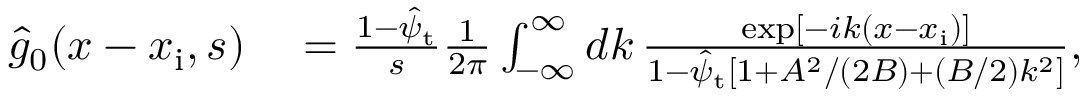
\begin{array} { r l } { \hat { g } _ { 0 } ( x - x _ { \mathrm { i } } , s ) } & { { } = \frac { 1 - \hat { \psi } _ { \mathrm { t } } } { s } \frac { 1 } { 2 \pi } \int _ { - \infty } ^ { \infty } d k \, \frac { \exp [ - i k ( x - x _ { \mathrm { i } } ) ] } { 1 - \hat { \psi } _ { \mathrm { t } } \left[ 1 + A ^ { 2 } / ( 2 B ) + ( B / 2 ) k ^ { 2 } \right] } , } \end{array}